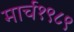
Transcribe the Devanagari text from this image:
मार्च१९८९